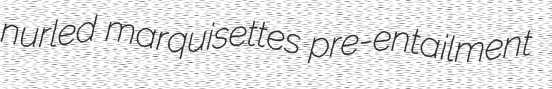
nurled marquisettes pre-entailment